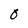
Character: O